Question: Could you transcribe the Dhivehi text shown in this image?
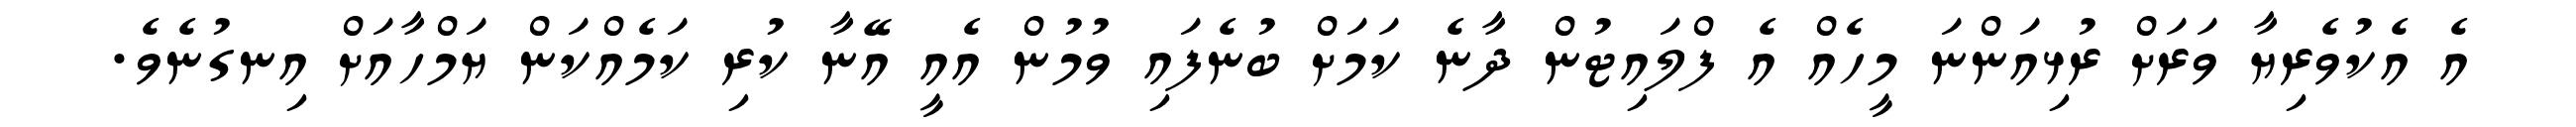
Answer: އެ އެކުވެރިޔާ ވަރަށް ރުޅިއަންނަ މީހެއް އެ ފްލައިޓުން ދާނެ ކަމަށް ބުނެފައި ވުމުން އެއީ އޭނާ ކުރި ކަމެއްކަން ޔަމްހާއަށް އިނގުނެވެ.